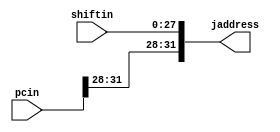
module shift_plus_pc(shiftin,pcin,jaddress);

input [0:27] shiftin;
input [0:31] pcin;
output reg [0:31] jaddress;

always @(*)begin
    jaddress[0:3] <= pcin[0:3];
    jaddress[4:31] <= shiftin;
end

endmodule